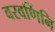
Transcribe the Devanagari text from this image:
वरवर्णिनि